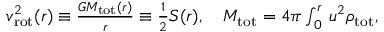
\begin{array} { r } { v _ { \mathrm { r o t } } ^ { 2 } ( r ) \equiv \frac { G M _ { \mathrm { t o t } } ( r ) } { r } \equiv { \frac { 1 } { 2 } } S ( r ) , \quad M _ { \mathrm { t o t } } = 4 \pi \int _ { 0 } ^ { r } \d u \, u ^ { 2 } \rho _ { \mathrm { t o t } } , } \end{array}